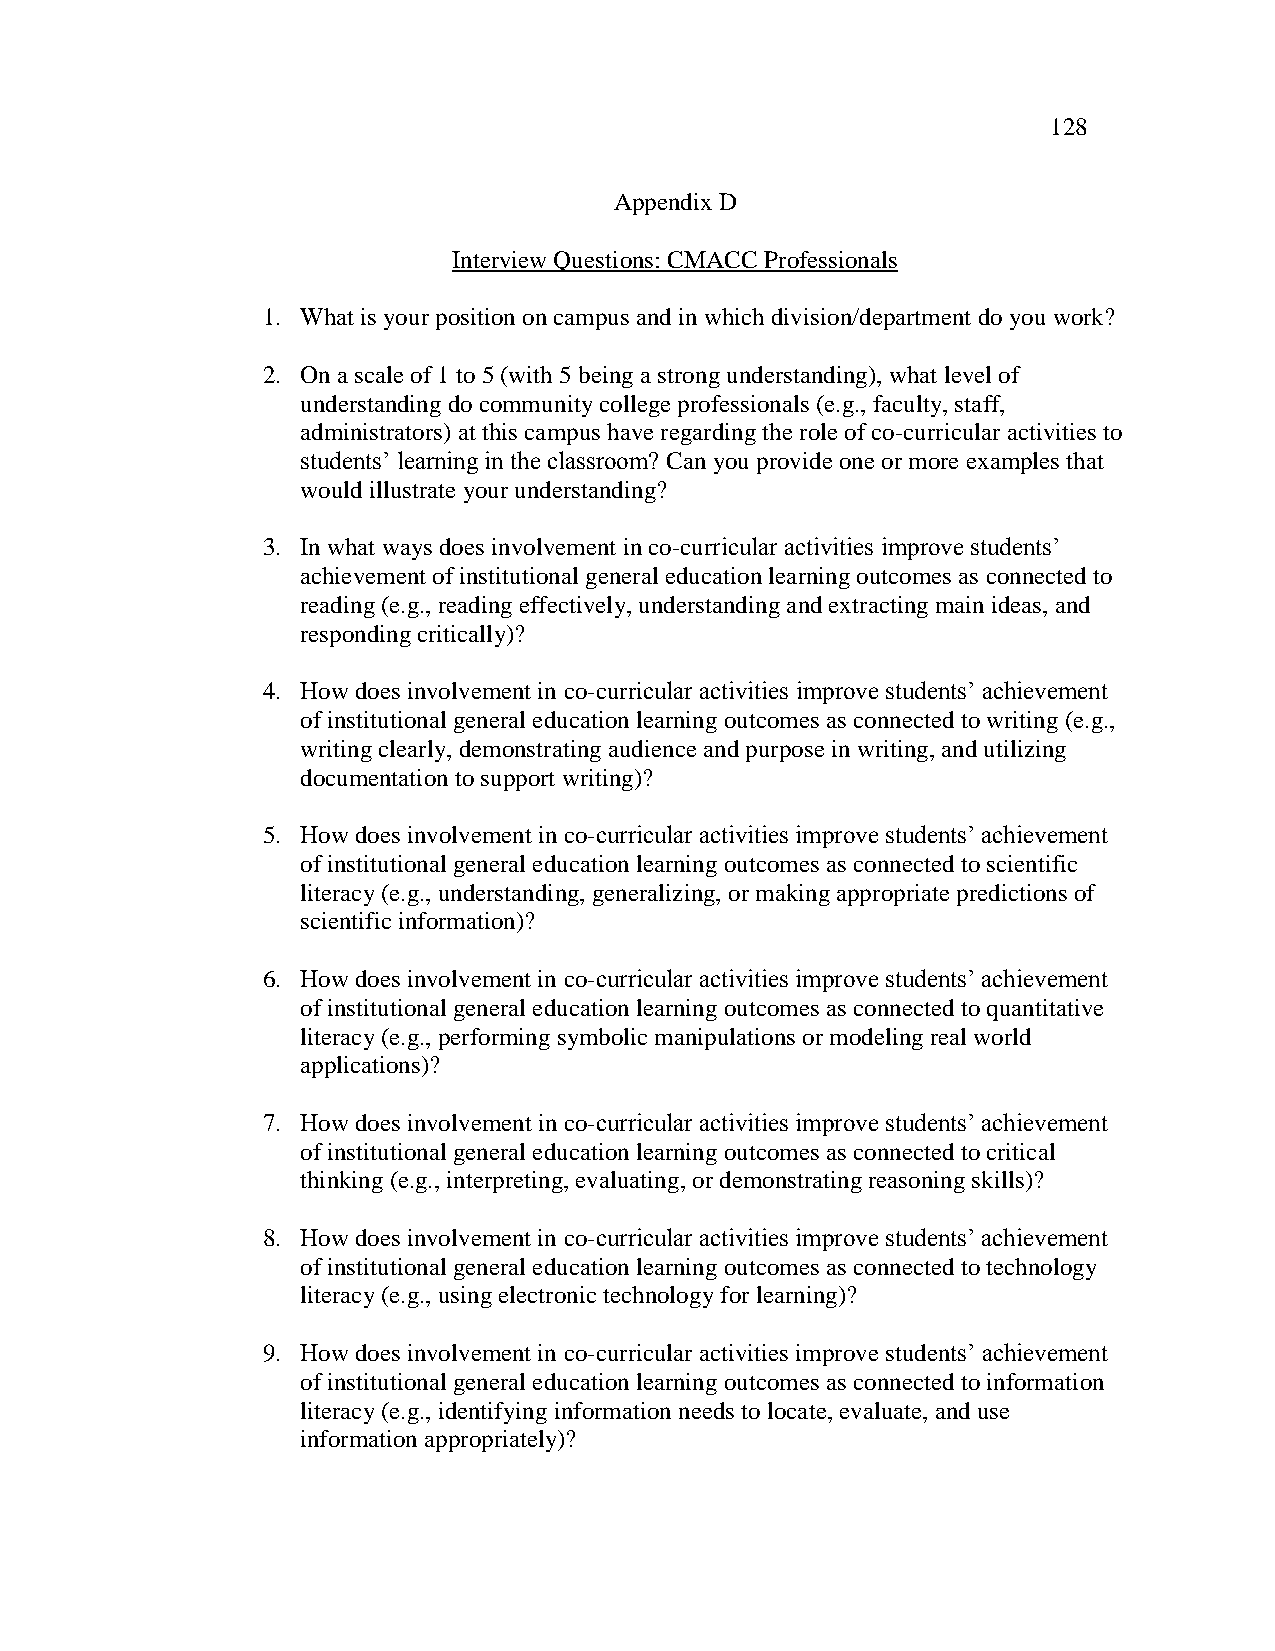
128
 Appendix D
 Interview Questions: CMACC Professionals
 1. What is your position on campus and in which division/department do you work?
 2. On a scale of 1 to 5 (with 5 being a strong understanding), what level of
 understanding do community college professionals (e.g., faculty, staff,
 administrators) at this campus have regarding the role of co-curricular activities to
 students‘ learning in the classroom? Can you provide one or more examples that
 would illustrate your understanding?
 3. In what ways does involvement in co-curricular activities improve students‘
 achievement of institutional general education learning outcomes as connected to
 reading (e.g., reading effectively, understanding and extracting main ideas, and
 responding critically)?
 4. How does involvement in co-curricular activities improve students‘ achievement
 of institutional general education learning outcomes as connected to writing (e.g.,
 writing clearly, demonstrating audience and purpose in writing, and utilizing
 documentation to support writing)?
 5. How does involvement in co-curricular activities improve students‘ achievement
 of institutional general education learning outcomes as connected to scientific
 literacy (e.g., understanding, generalizing, or making appropriate predictions of
 scientific information)?
 6. How does involvement in co-curricular activities improve students‘ achievement
 of institutional general education learning outcomes as connected to quantitative
 literacy (e.g., performing symbolic manipulations or modeling real world
 applications)?
 7. How does involvement in co-curricular activities improve students‘ achievement
 of institutional general education learning outcomes as connected to critical
 thinking (e.g., interpreting, evaluating, or demonstrating reasoning skills)?
 8. How does involvement in co-curricular activities improve students‘ achievement
 of institutional general education learning outcomes as connected to technology
 literacy (e.g., using electronic technology for learning)?
 9. How does involvement in co-curricular activities improve students‘ achievement
 of institutional general education learning outcomes as connected to information
 literacy (e.g., identifying information needs to locate, evaluate, and use
 information appropriately)?